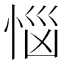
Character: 𢚰